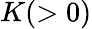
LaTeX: K(>0)